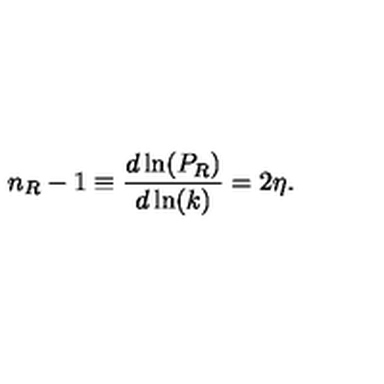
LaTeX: n _ { R } - 1 \equiv \frac { d \ln ( P _ { R } ) } { d \ln ( k ) } = 2 \eta .